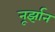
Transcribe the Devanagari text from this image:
नूर्झान